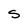
Character: S